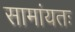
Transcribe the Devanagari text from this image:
सामांयतः